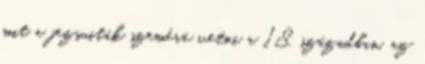
mit a jezsuiták szemére vetni a 18. században, az